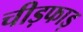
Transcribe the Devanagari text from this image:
चीड़फाड़